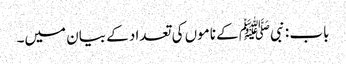
باب : نبیﷺ کے ناموں کی تعداد کے بیان میں۔